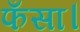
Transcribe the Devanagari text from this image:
फँसा।